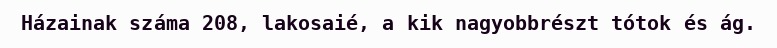
Házainak száma 208, lakosaié, a kik nagyobbrészt tótok és ág.